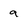
Character: a